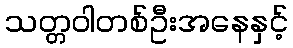
သတ္တဝါတစ်ဦးအနေနှင့်